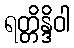
ရတ္တိန္ဒိဝါ